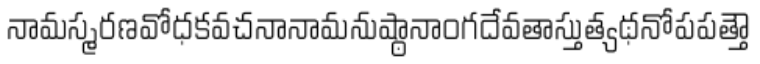
నామస్మరణవోధకవచనానామనుష్ఠానాంగదేవతాస్తుత్యథనోపపత్తౌ